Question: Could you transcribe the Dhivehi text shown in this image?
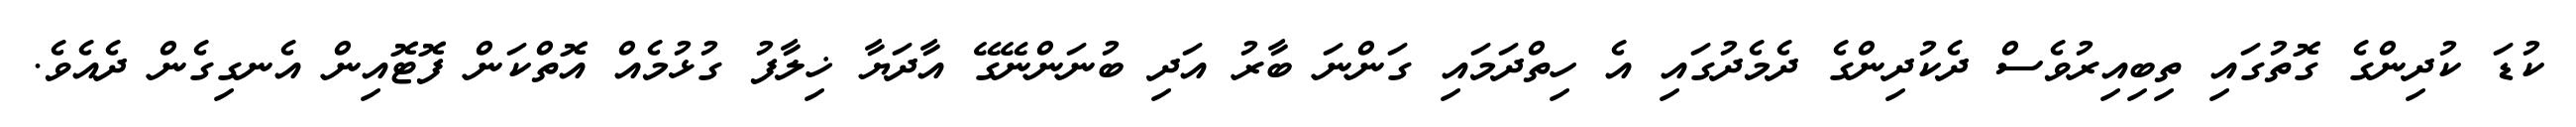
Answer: ކުޑަ ކުދިންގެ ގޮތުގައި ތިބިއިރުވެސް ދެކުދިންގެ ދެމެދުގައި އެ ހިތްދަމައި ގަންނަ ބާރު އަދި ބުނަންނޭގޭ އާދަޔާ ޚިލާފު ގުޅުމެއް އޮތްކަން ފޮޓޮއިން އެނގިގެން ދެއެވެ.